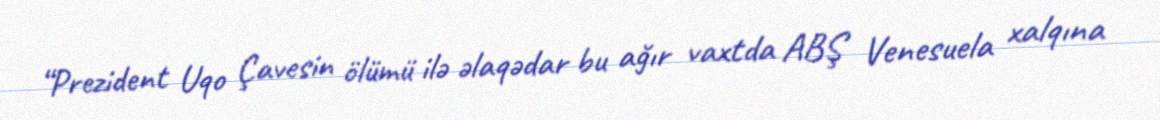
“Prezident Uqo Çavesin ölümü ilə əlaqədar bu ağır vaxtda ABŞ Venesuela xalqına